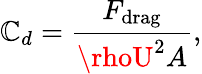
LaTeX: \mathbb{C}_{d}=\frac{{F_{\mathrm{{drag}}}}}{{\rhoU^{2}A}},